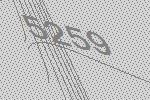
5259